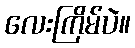
လေးကြိမ်ပဲ။